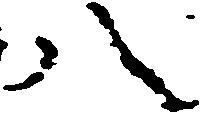
八